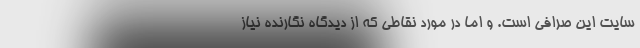
سایت این صرافی است. و اما در مورد نقاطی که از دیدگاه نگارنده نیاز